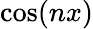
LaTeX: \cos(nx)